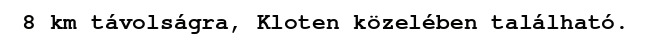
8 km távolságra, Kloten közelében található.